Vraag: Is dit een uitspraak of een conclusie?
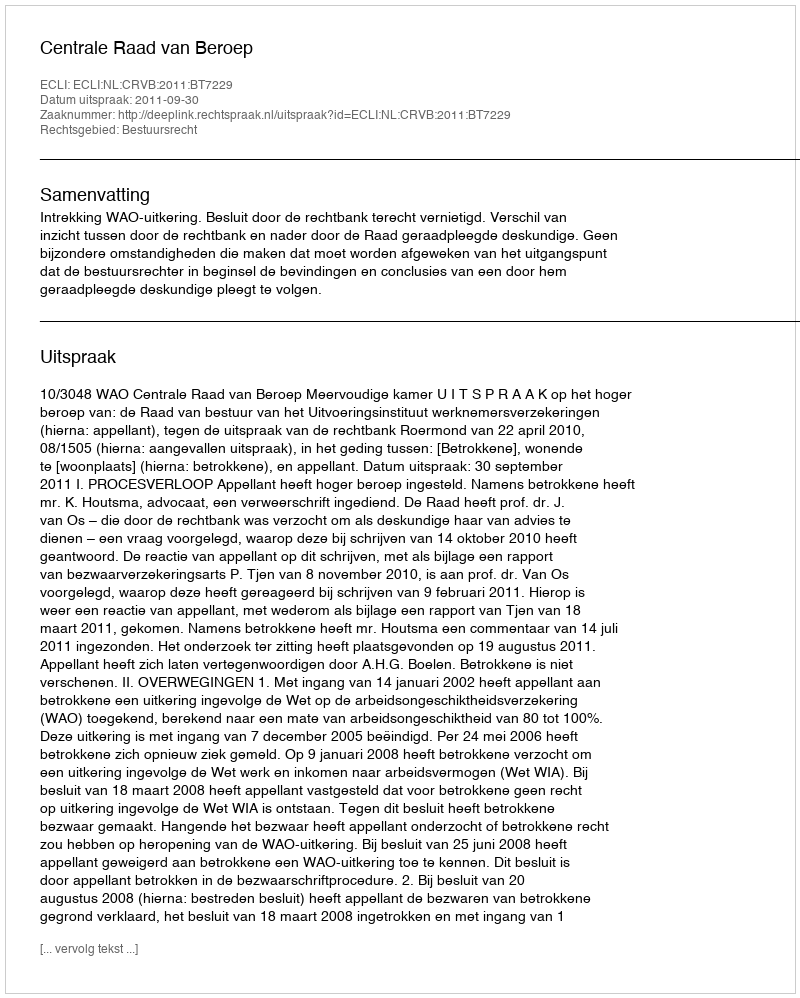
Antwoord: Uitspraak